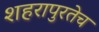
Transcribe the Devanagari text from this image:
शहरापुरतेच